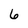
Character: 6